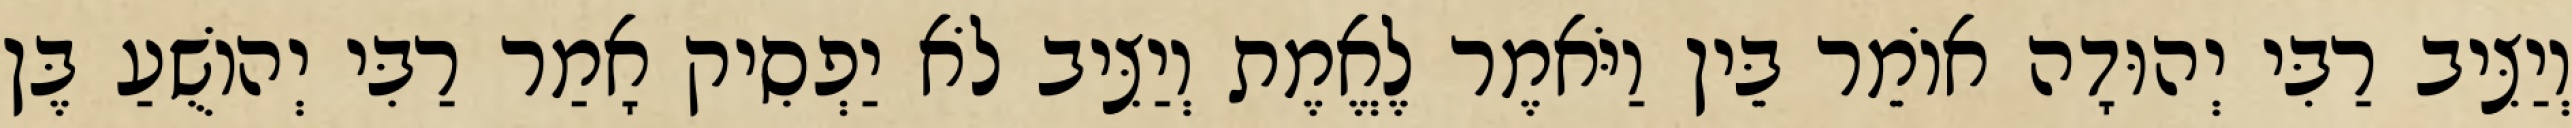
וְיַצִּיב רַבִּי יְהוּדָה אוֹמֵר בֵּין וַיֹּאמֶר לֶאֱמֶת וְיַצִּיב לֹא יַפְסִיק אָמַר רַבִּי יְהוֹשֻׁעַ בֶּן